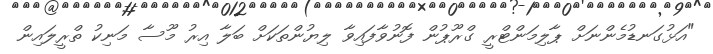
"އަޅުގަނޑުމެންނަށް ޕާލިމަންޓްރީ ގްރޫޕުން ފޮނުވާފައިވާ ލިޔުންތަކަށް ބަލާ އިރު މޫސާ މަނިކު ތްރީލައިން